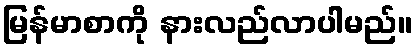
မြန်မာစာကို နားလည်လာပါမည်။